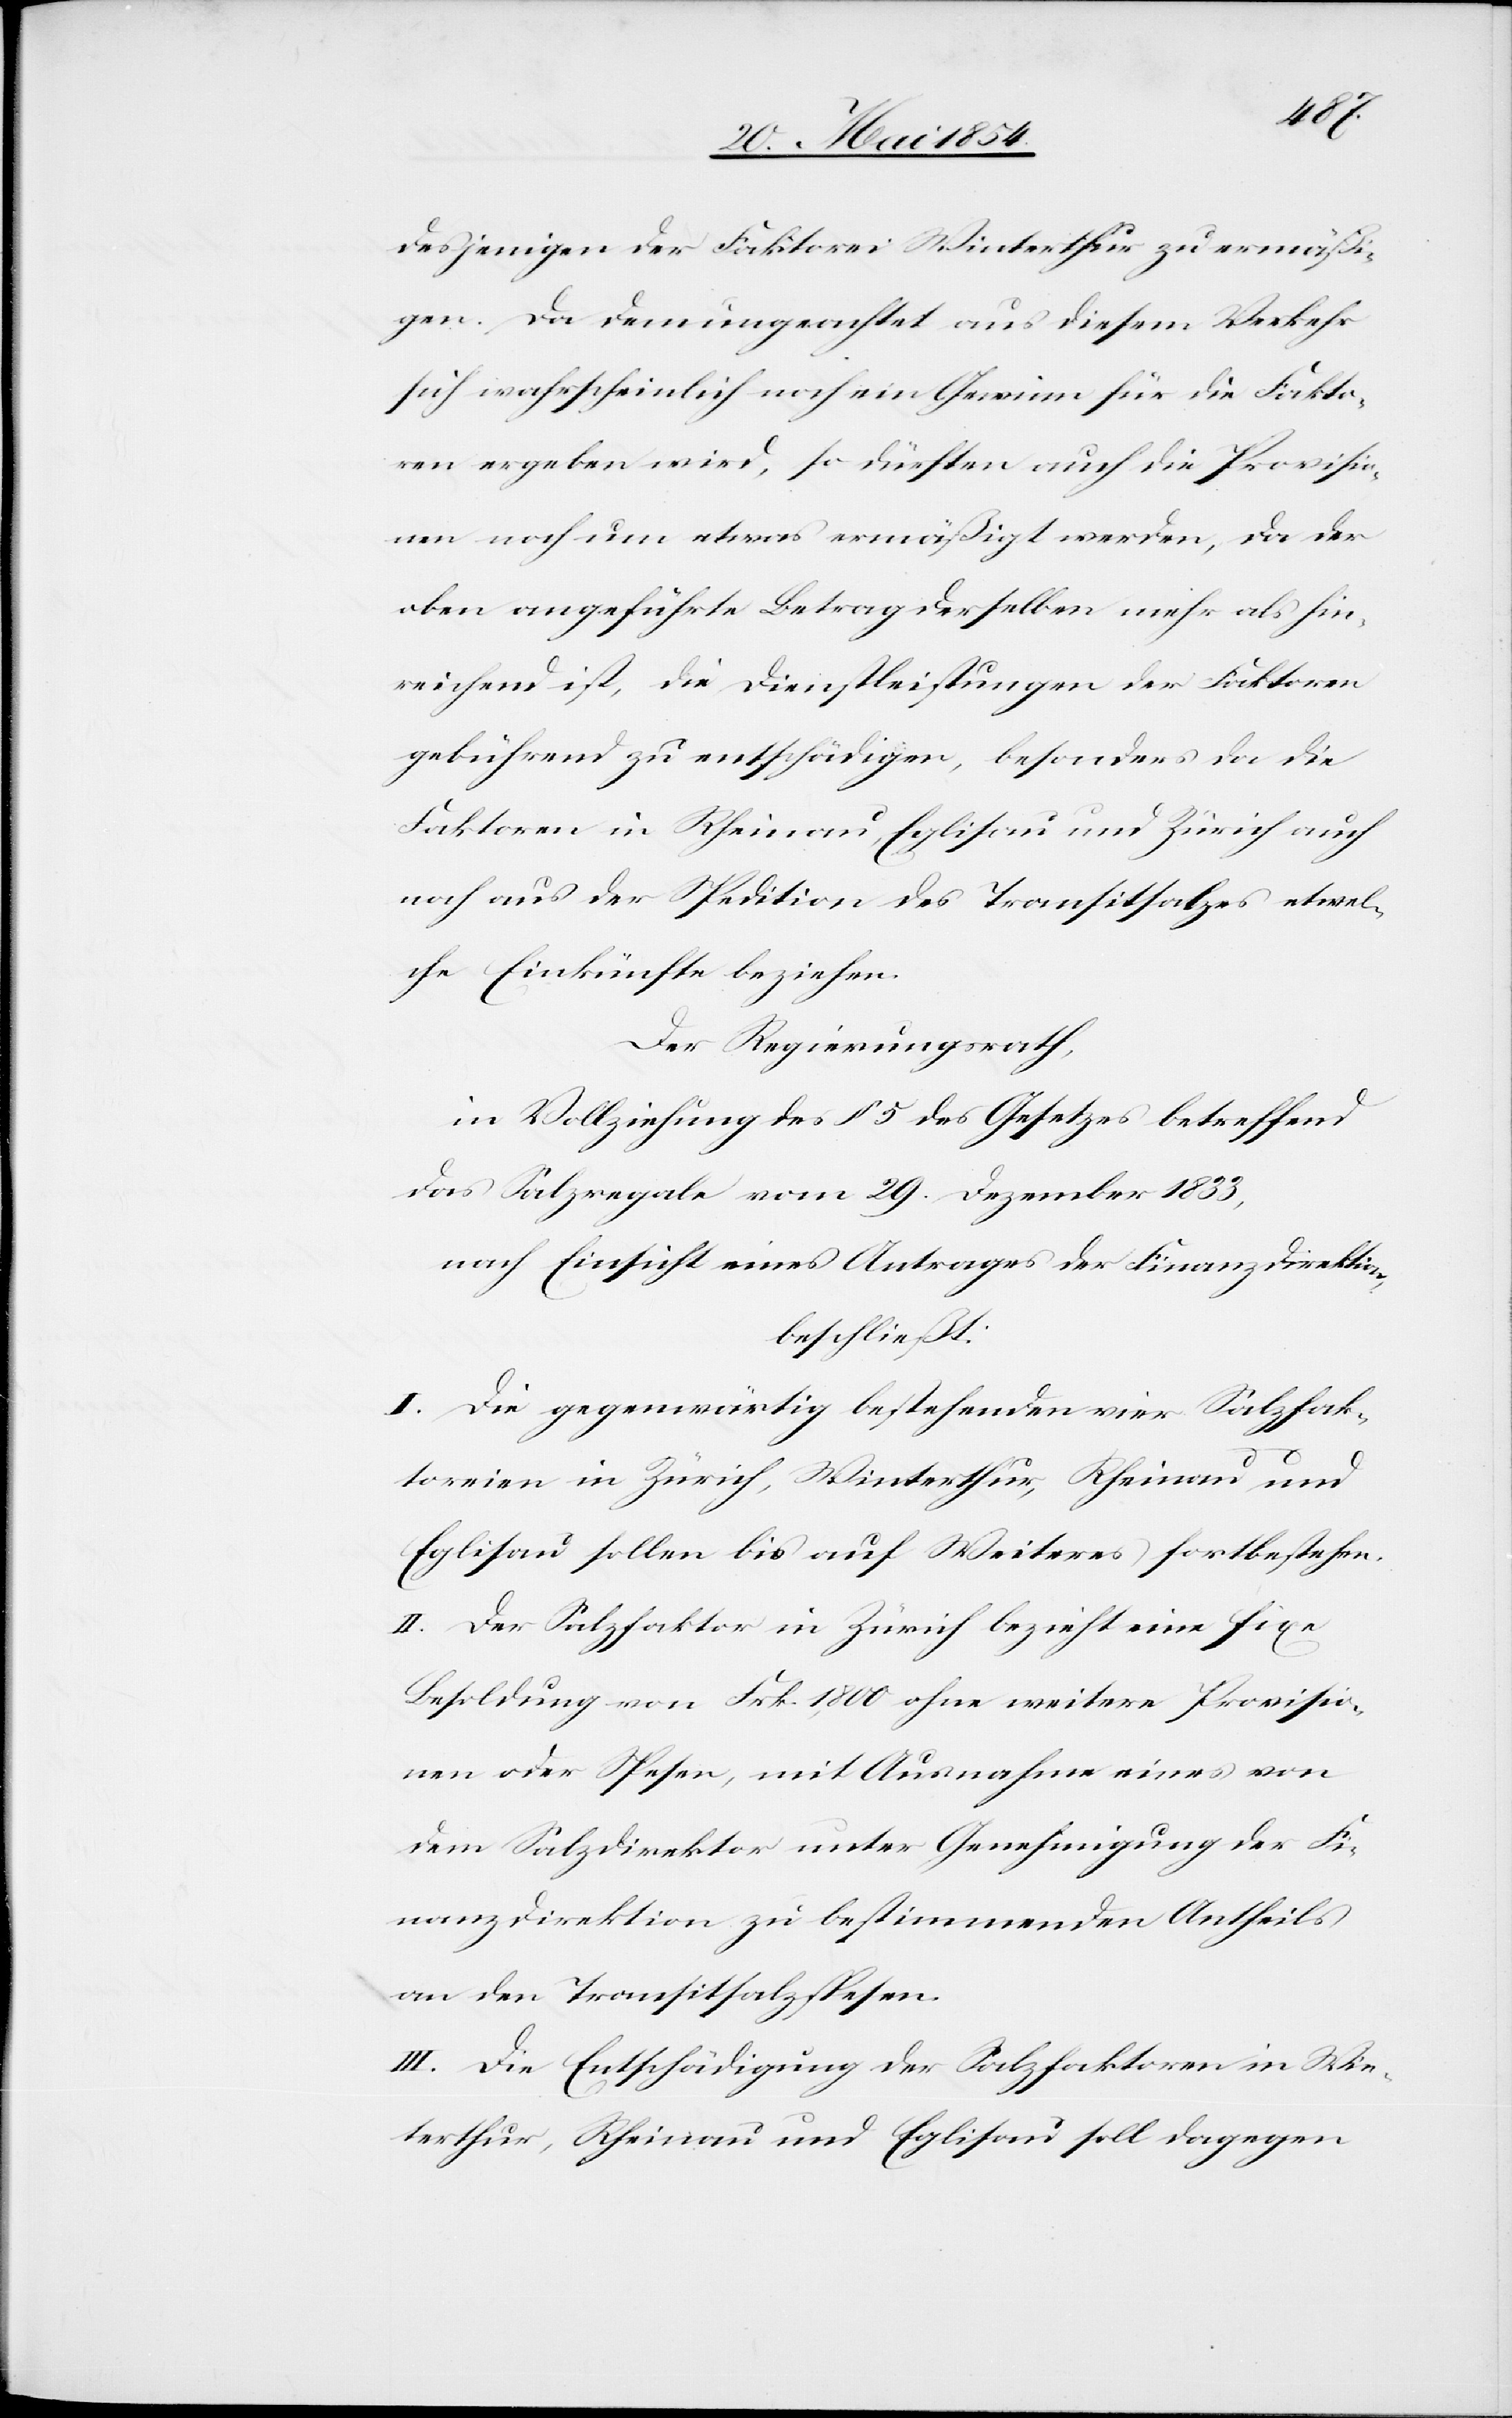
desjenigen der Faktorei Winterthur zu ermäßi¬
gen. Da demungeachtet aus diesem Verkehr
sich wahrscheinlich noch ein Gewinn für die Fakto¬
ren ergeben wird, so dürften auch die Provisio¬
nen noch um etwas ermäßigt werden, da der
oben angeführte Betrag derselben mehr als hin¬
reichend ist, die Dienstleistungen der Faktoren
gebührend zu entschädigen, besonders da die
Faktoren in Rheinau, Eglisau und Zürich auch
noch aus der Spedition des Transitsalzes etwel¬
che Einkünfte beziehen.
Der Regierungsrath
in Vollziehung des § 5 des Gesetzes betreffend
das Salzregale vom 29. Dezember 1833,
nach Einsicht eines Antrages der Finanzdirektion,
beschließt:
I. Die gegenwärtig bestehenden vier Salzfak¬
toreien in Zürich, Winterthur, Rheinau und
Eglisau sollen bis auf Weiteres fortbestehen.
II. Der Salzfaktor in Zürich bezieht eine fixe
Besoldung von Frk. 1,800 ohne weiter Provisio¬
n oder Spesen, mit Ausnahme eines von
dem Salzdirektor unter Genehmigung der Fi¬
nanzdirektion zu bestimmenden Antheils
an den Transitsalzspesen.
III. Die Entschädigung der Salzfaktoren in Win¬
terthur, Rheinau und Eglisau soll dagegen